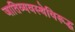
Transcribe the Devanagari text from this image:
जातिव्यवस्थेविरूद्ध